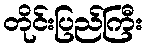
တိုင်းပြည်ကြီး